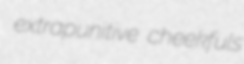
extrapunitive cheekfuls